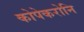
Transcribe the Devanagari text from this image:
कोपेकरोनि